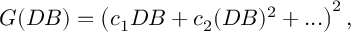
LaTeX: G ( D B ) = \left( c _ { 1 } D B + c _ { 2 } ( D B ) ^ { 2 } + . . . \right) ^ { 2 } ,